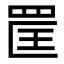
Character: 𦊺